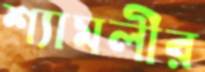
শ্যামলীর